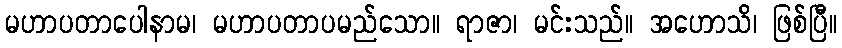
မဟာပတာပေါနာမ၊ မဟာပတာပမည်သော။ ရာဇာ၊ မင်းသည်။ အဟောသိ၊ ဖြစ်ပြီ။